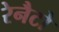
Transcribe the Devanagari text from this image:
रेनैटो